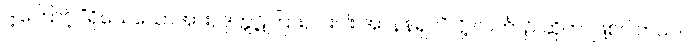
ဒါ့ကြောင့် “ရိုသေသောအား, ဒုက္ကဋ်ကြား, ငါးပါး အာနန်ရှင်”လို့ လင်္ကာ၌ ဆိုတာဖြစ်ပါတယ်။